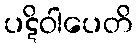
ပဋိဝါပေတိ